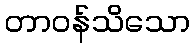
တာဝန်သိသော